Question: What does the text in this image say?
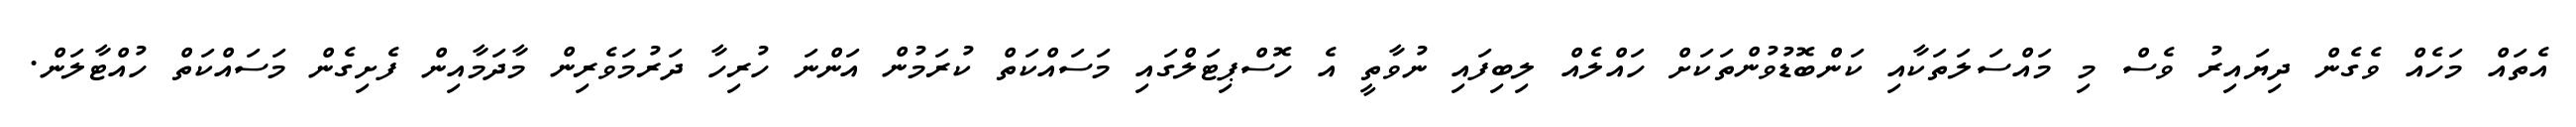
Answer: އެތައް މަހެއް ވެގެން ދިޔައިރު ވެސް މި މައްސަލަތަކާއި ކަންބޮޑުވުންތަކަށް ހައްލެއް ލިބިފައި ނުވާތީ އެ ހޮސްޕިޓަލްގައި މަސައްކަތް ކުރަމުން އަންނަ ހުރިހާ ދަރުމަވެރިން މާދަމާއިން ފެށިގެން މަސައްކަތް ހުއްޓާލަން.